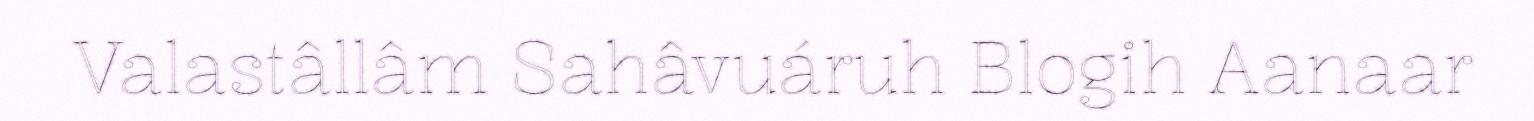
Valastâllâm Sahâvuáruh Blogih Aanaar